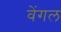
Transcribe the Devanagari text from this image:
वेंगल